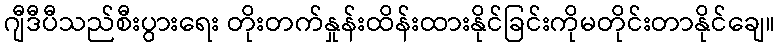
ဂျီဒီပီသည်စီးပွားရေး တိုးတက်နှုန်းထိန်းထားနိုင်ခြင်းကိုမတိုင်းတာနိုင်ချေ။